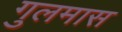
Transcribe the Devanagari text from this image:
गुलमास